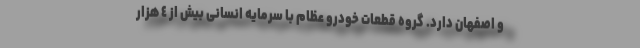
و اصفهان دارد. گروه قطعات خودرو عظام با سرمایه انسانی بیش از ٤ هزار